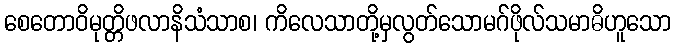
စေတောဝိမုတ္တိဖလာနိသံသာစ၊ ကိလေသာတို့မှလွတ်သောမဂ်ဖိုလ်သမာဓိဟူသော